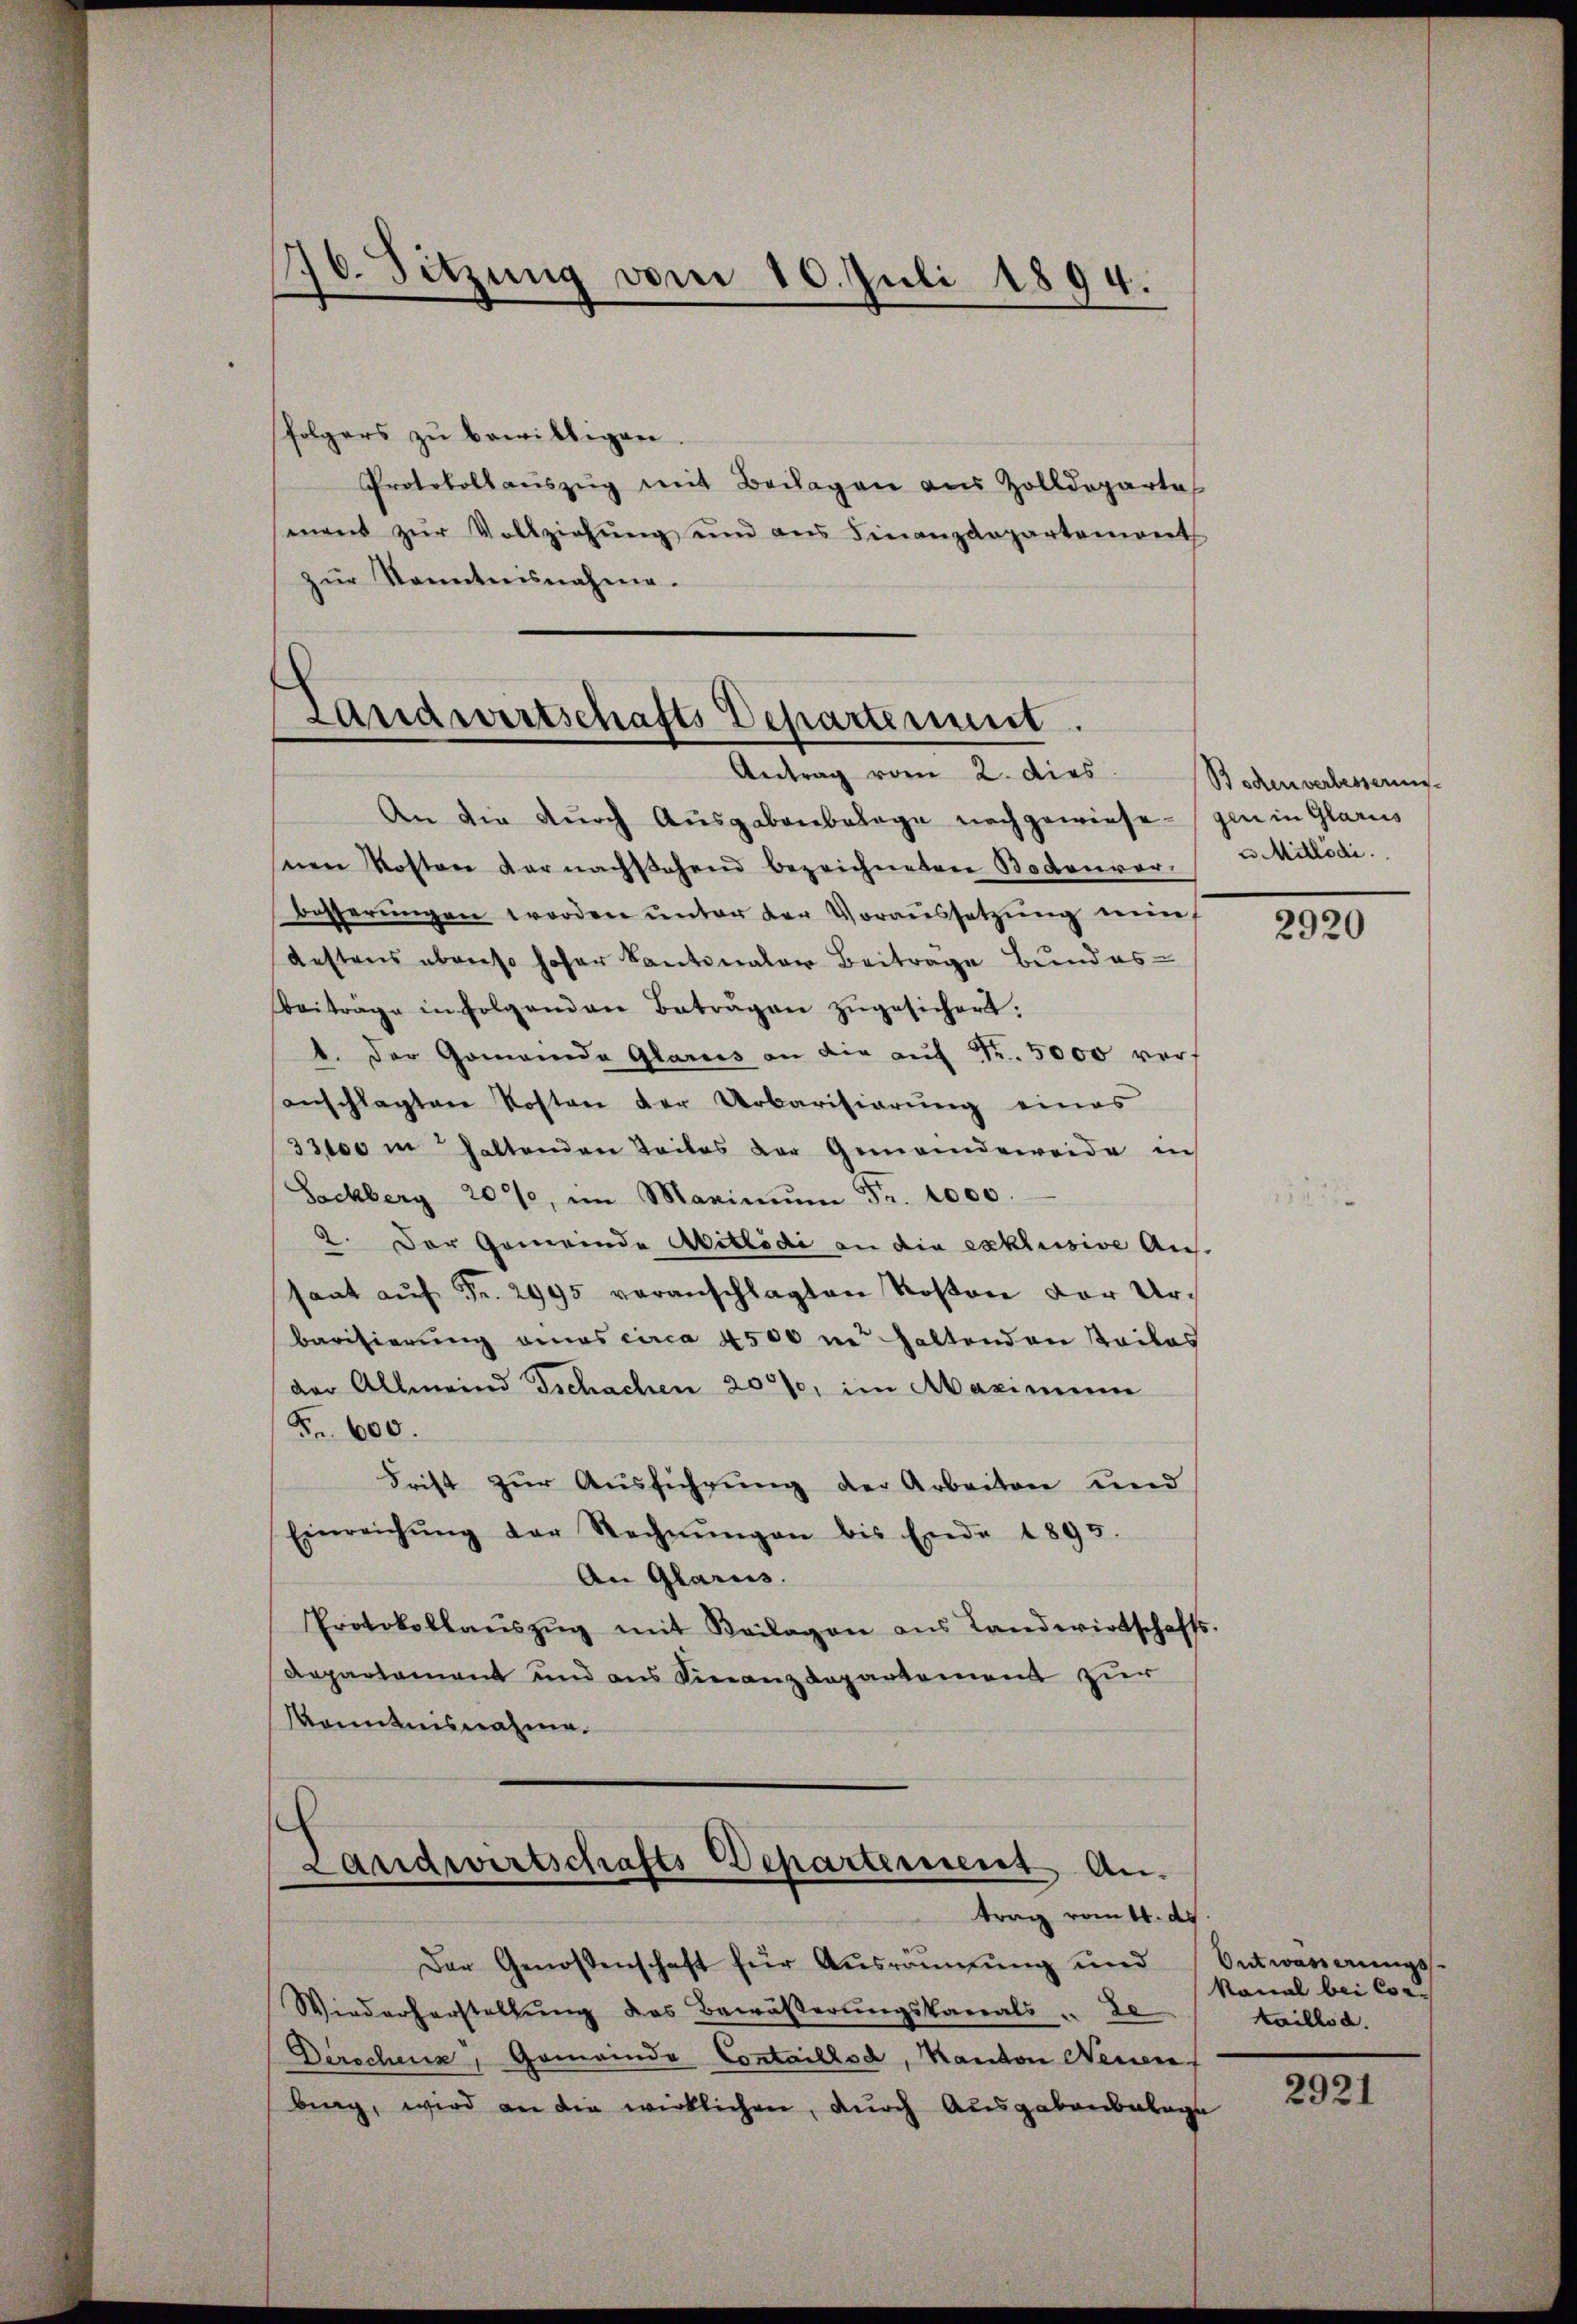
176. Sitzung vom 10. Juli 1894.

folgers zŭ bewilligen.
Protokollauszug mit Beilagen aus Zolldeparte
mand zŭr Vollziehŭng und ans Finanzdepartement
zŭr Kenntnisnahme.

Landwirtschafts Departemmt.
e
Antrag vom 2. dies

Landwirtschafts Departement An-
trag vom 14. ds

An die durch Ausgabenbelage nachgewiese gen in Glarus
nen Kosten darnachstehend bezeichneten Bodenvor- u Mitlödi.
besserungen worden unter der Voraussetzung ni
destens ebenso hoher Kantonaler Beitrage Bundes-
Beiträge in Folgenden Betragen zŭgesichert.
1. Der Gomanda Glarus an die aŭf Fr. 5000 veranschlagten Kosten der Urbarisierung eines
33000 in haltenden Teiles der Gemeindeweide in
Sachberg 200, im Maximŭm Fr. 1000.
2. Der Gemeinde Aittödi an die exklusive Aus-
saat aŭf Fr. 2995 veranschlagten Kosten der Ur-
barisierung eines circa 4500 in haltenden Teiles
der Allmeind Tschachen 20%, im Maximum
Fr. 600.
Frist zŭr Aŭsführŭng der Arbeiten und
Einreichŭng der Rechnŭngen bis Ende 1895.
An Glarus.
Protokollaŭszŭg mit Beilagen ans Landwirtschafts-
Repartement und aus Finanzdepartement zur
Kenntnisnahme.
ch

Boden verbesserung

Der Genossenschaft für Aŭsräŭmŭng und Antwagerŭngss
Wiederherstellung des Bewässerungskanals u de
Derschenz, Gemeinde Contaillod, Kanton Neuen
bing, wird an die wirklichen, durch Ausgabenbelage

2920

Nonal bei Cortaillod.
2921